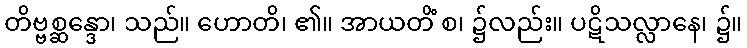
တိဗ္ဗစ္ဆန္ဒော၊ သည်။ ဟောတိ၊ ၏။ အာယတိံ စ၊ ၌လည်း။ ပဋိသလ္လာနေ၊ ၌။